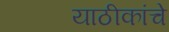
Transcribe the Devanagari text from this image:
याठीकांचे